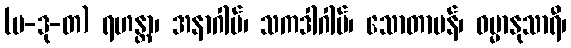
(ပ-ဒု-တ) ရဟန္တာ၊ အနာဂါမ်၊ သကဒါဂါမ်၊ သောတာပန်၊ ဓမ္မာနုသာရီ၊